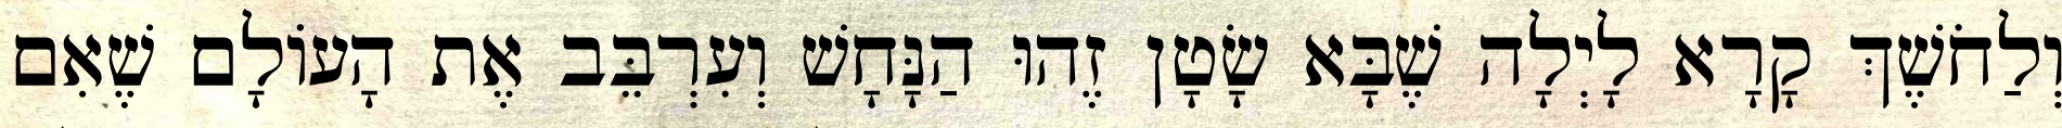
וְלַחֹשֶׁךְ קָרָא לָיְלָה שֶׁבָּא שָׂטָן זֶהוּ הַנָּחָשׁ וְעִרְבֵּב אֶת הָעוֹלָם שֶׁאִם